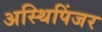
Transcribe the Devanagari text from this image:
अस्थिपिंजर